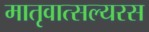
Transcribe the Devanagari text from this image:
मातृवात्सल्यरस